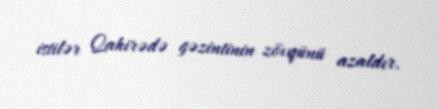
istilər Qahirədə gəzintinin zövqünü azaldır.